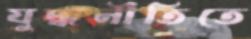
যুদ্ধনীতিতে